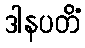
ဒါနပတိံ